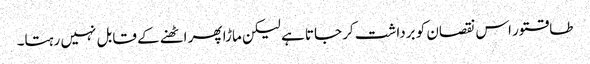
طاقتور اس نقصان کو برداشت کر جاتا ہے لیکن ماڑا پھر اٹھنے کے قابل نہیں رہتا۔